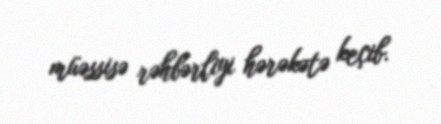
müəssisə rəhbərliyi hərəkətə keçib.